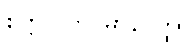
စိတ္တလတဝိမာနဝတ္ထု။